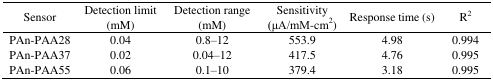
<table><thead><tr><td><b>Sensor</b></td><td><b>Detection limit (mM)</b></td><td><b>Detection range (mM)</b></td><td><b>Sensitivity (μA/mM-cm<sup>2</sup>)</b></td><td><b>Response time (s)</b></td><td><b>R<sup>2</sup></b></td></tr></thead><tbody><tr><td>PAn-PAA28</td><td>0.04</td><td>0.8–12</td><td>553.9</td><td>4.98</td><td>0.994</td></tr><tr><td>PAn-PAA37</td><td>0.02</td><td>0.04–12</td><td>417.5</td><td>4.76</td><td>0.995</td></tr><tr><td>PAn-PAA55</td><td>0.06</td><td>0.1–10</td><td>379.4</td><td>3.18</td><td>0.995</td></tr></tbody></table>